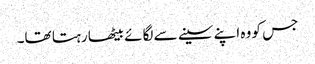
جس کو وہ اپنے سینے سے لگائے بیٹھا رہتا تھا۔